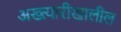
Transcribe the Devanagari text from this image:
अख्त्यारीखालील